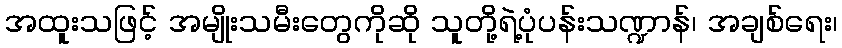
အထူးသဖြင့် အမျိုးသမီးတွေကိုဆို သူတို့ရဲ့ပုံပန်းသဏ္ဍာန်၊ အချစ်ရေး၊